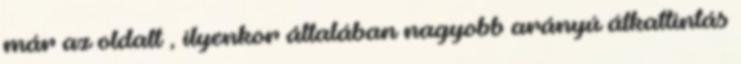
már az oldalt , ilyenkor általában nagyobb arányú átkattintás